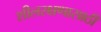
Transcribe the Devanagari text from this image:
शीलरक्षणासाठी